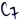
Text: C7